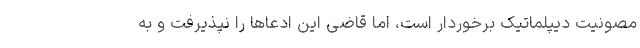
مصونیت دیپلماتیک برخوردار است، اما قاضی این ادعاها را نپذیرفت و به